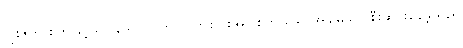
ဂျိုးဇက် စက်ဖြင့်သာ ဒေါ်ကိုင်က သူတစ်ပါးအပြစ်ကို သောအခါမှသာ စီးဆင်းနေခဲ့သည်